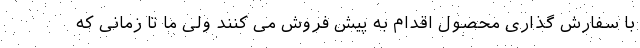
با سفارش گذاری محصول اقدام به پیش فروش می کنند ولی ما تا زمانی که